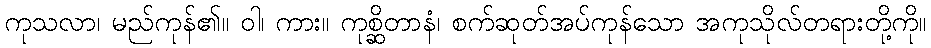
ကုသလာ၊ မည်ကုန်၏။ ဝါ၊ ကား။ ကုစ္ဆိတာနံ၊ စက်ဆုတ်အပ်ကုန်သော အကုသိုလ်တရားတို့ကို။